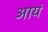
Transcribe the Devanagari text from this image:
आयं